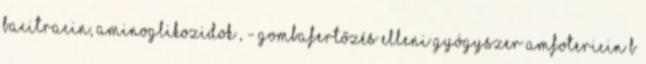
bacitracin, aminoglikozidok , - gombafertőzés elleni gyógyszer amfotericin B